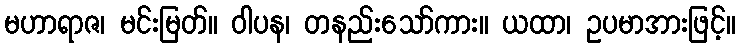
မဟာရာဇ၊ မင်းမြတ်။ ဝါပန၊ တနည်းသော်ကား။ ယထာ၊ ဥပမာအားဖြင့်။